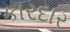
કારદાર